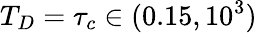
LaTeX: T_{D}=\tau_{c}\in(0.15,10^{3})